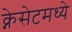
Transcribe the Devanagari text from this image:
क्नेसेटमध्ये